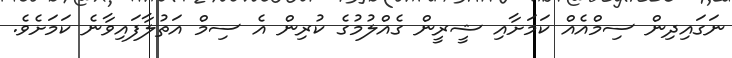
ނަގައިދިން ސިމްއެއް ކަމަށާއި ޝީރީން ގެއްލުމުގެ ކުރިން އެ ސިމް އަތުލާފައިވާނެ ކަމަށެވެ.